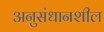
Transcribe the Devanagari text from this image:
अनुसंधानशील